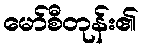
မော်စီတုန်း၏